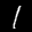
Label: 1